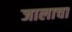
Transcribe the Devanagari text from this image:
जालाचा